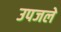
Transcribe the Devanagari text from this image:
उपजले